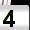
Digit: 4